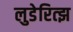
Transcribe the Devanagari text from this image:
लुडेरित्झ